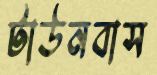
টাউনবাস